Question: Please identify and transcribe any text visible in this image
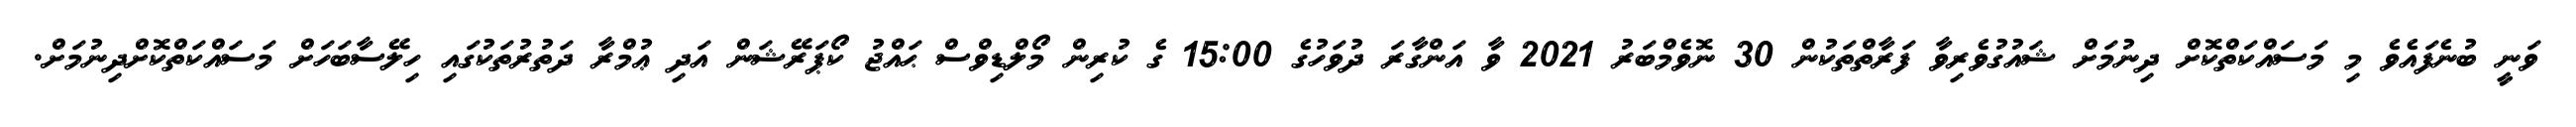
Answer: ވަނީ ބުނެފައެވެ މި މަސައްކަތްކޮށް ދިނުމަށް ޝައުގުވެރިވާ ފަރާތްތަކުން 30 ނޮވެމްބަރު 2021 ވާ އަންގާރަ ދުވަހުގެ 15:00 ގެ ކުރިން މޯލްޑިވްސް ޙައްޖު ކޯޕަރޭޝަން އަދި ޢުމްރާ ދަތުރުތަކުގައި ހިލޭސާބަހަށް މަސައްކަތްކޮށްދިނުމަށް.